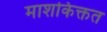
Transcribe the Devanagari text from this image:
माशकिक्तत